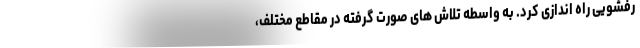
رفشویی راه اندازی کرد. به واسطه تلاش های صورت گرفته در مقاطع مختلف،